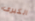
الكبرى